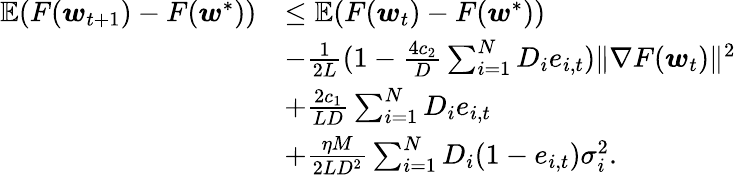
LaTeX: \begin{array}{rl}{\mathbb{E}(F(\boldsymbol{w}_{t+1})-F(\boldsymbol{w}^{*}))}&{\le\mathbb{E}(F(\boldsymbol{w}_{t})-F(\boldsymbol{w}^{*}))}\\ &{-\frac{1}{2L}(1-\frac{4c_{2}}{D}\sum_{i=1}^{N}D_{i}e_{i,t})\| \nabla F(\boldsymbol{w}_{t})\| ^{2}}\\ &{+\frac{2c_{1}}{LD}\sum_{i=1}^{N}D_{i}e_{i,t}}\\ &{+\frac{\eta M}{2LD^{2}}\sum_{i=1}^{N}D_{i}(1-e_{i,t})\sigma_{i}^{2}.}\end{array}